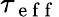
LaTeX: \tau_{\mathrm{~e~f~f~}}